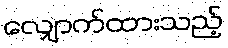
လျှောက်ထားသည့်